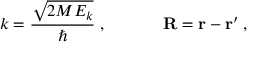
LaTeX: k = \frac { \sqrt { 2 M E _ { k } } } { \hbar } \; , \; \; \; \; \; \; \; \; \; \; \; \; { \bf R } = { \bf r } - { \bf r } ^ { \prime } \; ,